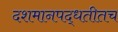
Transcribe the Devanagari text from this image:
दशमानपद्धतीतच